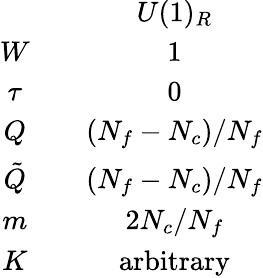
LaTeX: \begin{array}{ccc}{{}}&{{}}&{{U(1)_{R}}}\\ {{W}}&{{}}&{{1}}\\ {{\tau}}&{{}}&{{0}}\\ {{Q}}&{{}}&{{(N_{f}-N_{c})/N_{f}}}\\ {{\tilde{Q}}}&{{}}&{{(N_{f}-N_{c})/N_{f}}}\\ {{m}}&{{}}&{{2N_{c}/N_{f}}}\\ {{K}}&{{}}&{{\mathrm{arbitrary}}}\end{array}